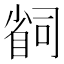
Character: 𫵆